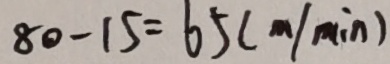
8 0 - 1 5 = 6 5 ( m / \min )